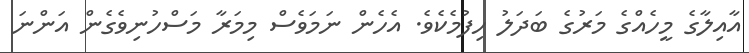
އާއިލާގެ މީހެއްގެ މަރުގެ ބަދަލު ހިފުމެކެވެ. އެހެން ނަމަވެސް މިމަރާ މަސްހުނިވެގެން އަންނަ